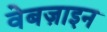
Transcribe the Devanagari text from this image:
वेबज़ाइन